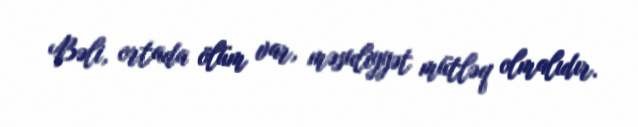
Bəli, ortada ölüm var, məsuliyyət mütləq olmalıdır.